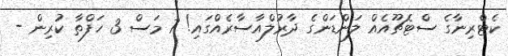
ކެޓްރިނާގެ ސްޓެޗޫއެއް ލަންޑަންގެ ދާރުލްއާސާރެއްގައި! 7 މަސް 3 ހަފްތާ ކުރިން -